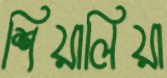
শিয়ালিয়া